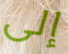
إلى